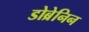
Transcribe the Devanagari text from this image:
डोब्रेनिन